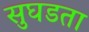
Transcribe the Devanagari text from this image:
सुघडता